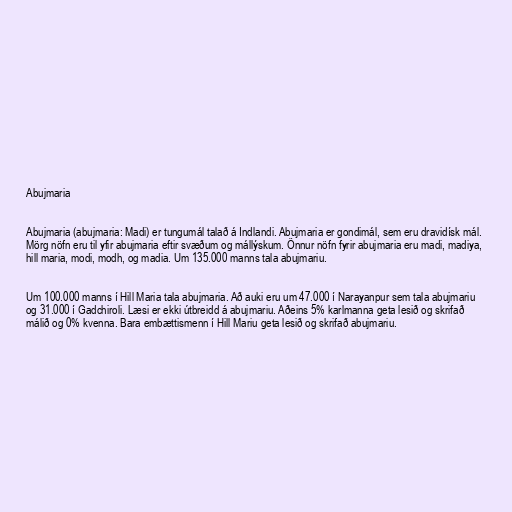
Abujmaria

Abujmaria (abujmaria: Madi) er tungumál talað á Indlandi. Abujmaria er gondimál, sem eru dravidísk mál.
Mörg nöfn eru til yfir abujmaria eftir svæðum og mállýskum. Önnur nöfn fyrir abujmaria eru madi, madiya,
hill maria, modi, modh, og madia. Um 135.000 manns tala abujmariu.

Um 100.000 manns í Hill Maria tala abujmaria. Að auki eru um 47.000 í Narayanpur sem tala abujmariu
og 31.000 í Gadchiroli. Læsi er ekki útbreidd á abujmariu. Aðeins 5% karlmanna geta lesið og skrifað
málið og 0% kvenna. Bara embættismenn í Hill Mariu geta lesið og skrifað abujmariu.